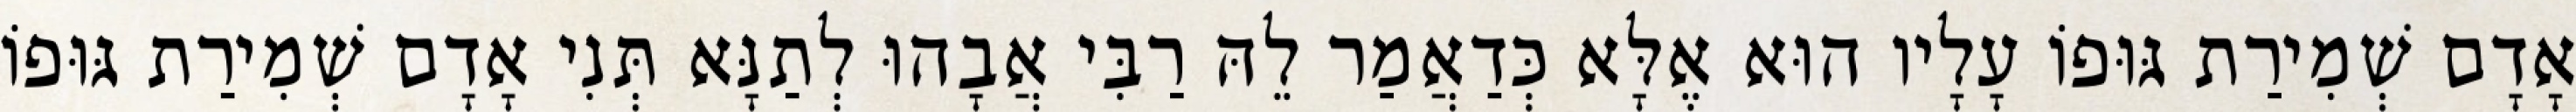
אָדָם שְׁמִירַת גּוּפוֹ עָלָיו הוּא אֶלָּא כְּדַאֲמַר לֵהּ רַבִּי אֲבָהוּ לְתַנָּא תְּנִי אָדָם שְׁמִירַת גּוּפוֹ